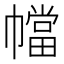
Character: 𫷑